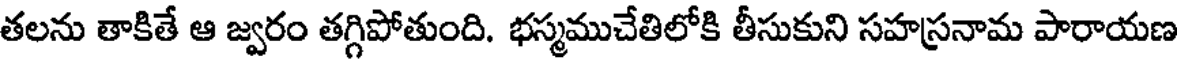
తలను తాకితే ఆ జ్వరం తగ్గిపోతుంది. భస్మముచేతిలోకి తీసుకుని సహస్రనామ పారాయణ